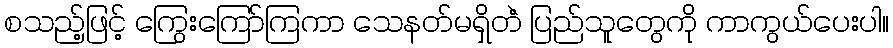
စသည့်ဖြင့် ကြွေးကြော်ကြကာ သေနတ်မရှိတဲံ ပြည်သူတွေကို ကာကွယ်ပေးပါ။